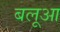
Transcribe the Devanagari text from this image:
बलूआ